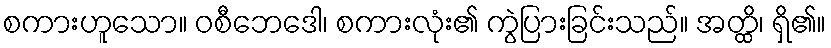
စကားဟူသော။ ဝစီဘေဒေါ၊ စကားလုံး၏ ကွဲပြားခြင်းသည်။ အတ္ထိ၊ ရှိ၏။